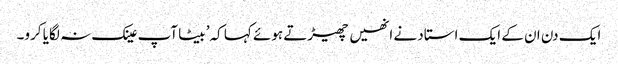
ایک دن ان کے ایک استاد نے انھیں چھیڑتے ہوئے کہا کہ’ بیٹا آپ عینک نہ لگایا کرو۔